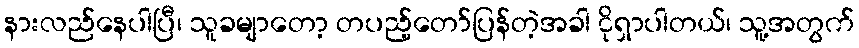
နားလည်နေပါပြီ၊ သူခမျာတော့ တပည့်တော်ပြန်တဲ့အခါ ငိုရှာပါတယ်၊ သူ့အတွက်